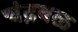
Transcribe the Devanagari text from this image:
चंद्रबळ